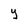
Character: y